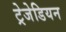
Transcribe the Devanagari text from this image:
ट्रेजेडियन